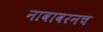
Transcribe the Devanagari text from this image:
नावावरनच